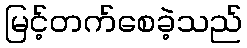
မြင့်တက်စေခဲ့သည်